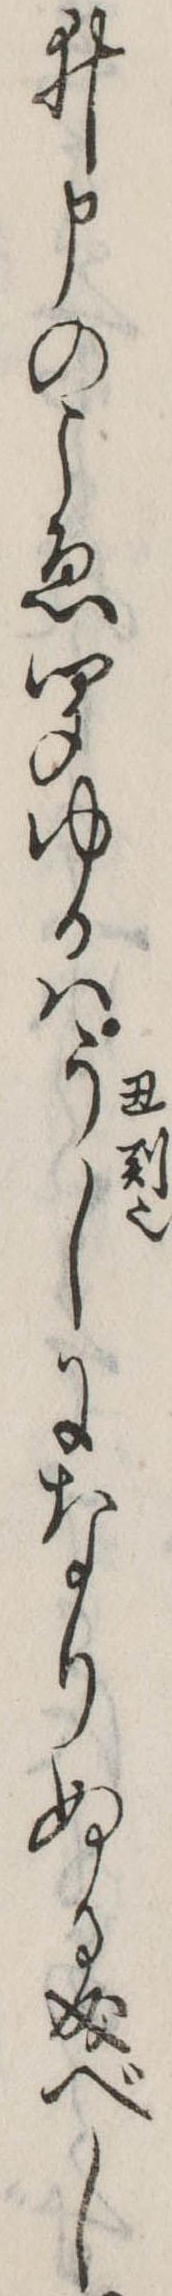
ゐ申のこゑ聞ゆるはうしになりぬる成べし